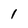
Character: 1